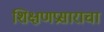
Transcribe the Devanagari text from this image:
शिक्षणप्रसाराचा